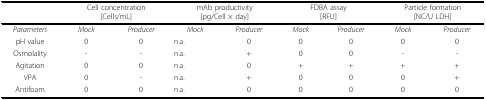
|  | <COLSPAN=2> Cell concentration[Cells/mL] | <COLSPAN=2> mAb productivity[pg/Cell × day] | <COLSPAN=2> FDBA assay[RFU] | <COLSPAN=2> Particle formation[NC/U LDH] |
 | --- | --- | --- | --- | --- | --- | --- | --- | --- |
 | Parameters | Mock | Producer | Mock | Producer | Mock | Producer | Mock | Producer |
 | pH value | 0 | 0 | n.a. | 0 | 0 | 0 | 0 | 0 |
 | Osmolality | - | - | n.a. | + | 0 | 0 | - | - |
 | Agitation | 0 | 0 | n.a. | 0 | + | + | + | + |
 | VPA | 0 | - | n.a. | + | 0 | 0 | 0 | + |
 | Antifoam | 0 | 0 | n.a. | 0 | 0 | 0 | 0 | 0 |